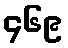
၄၆၉